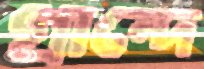
গ্রান্দে